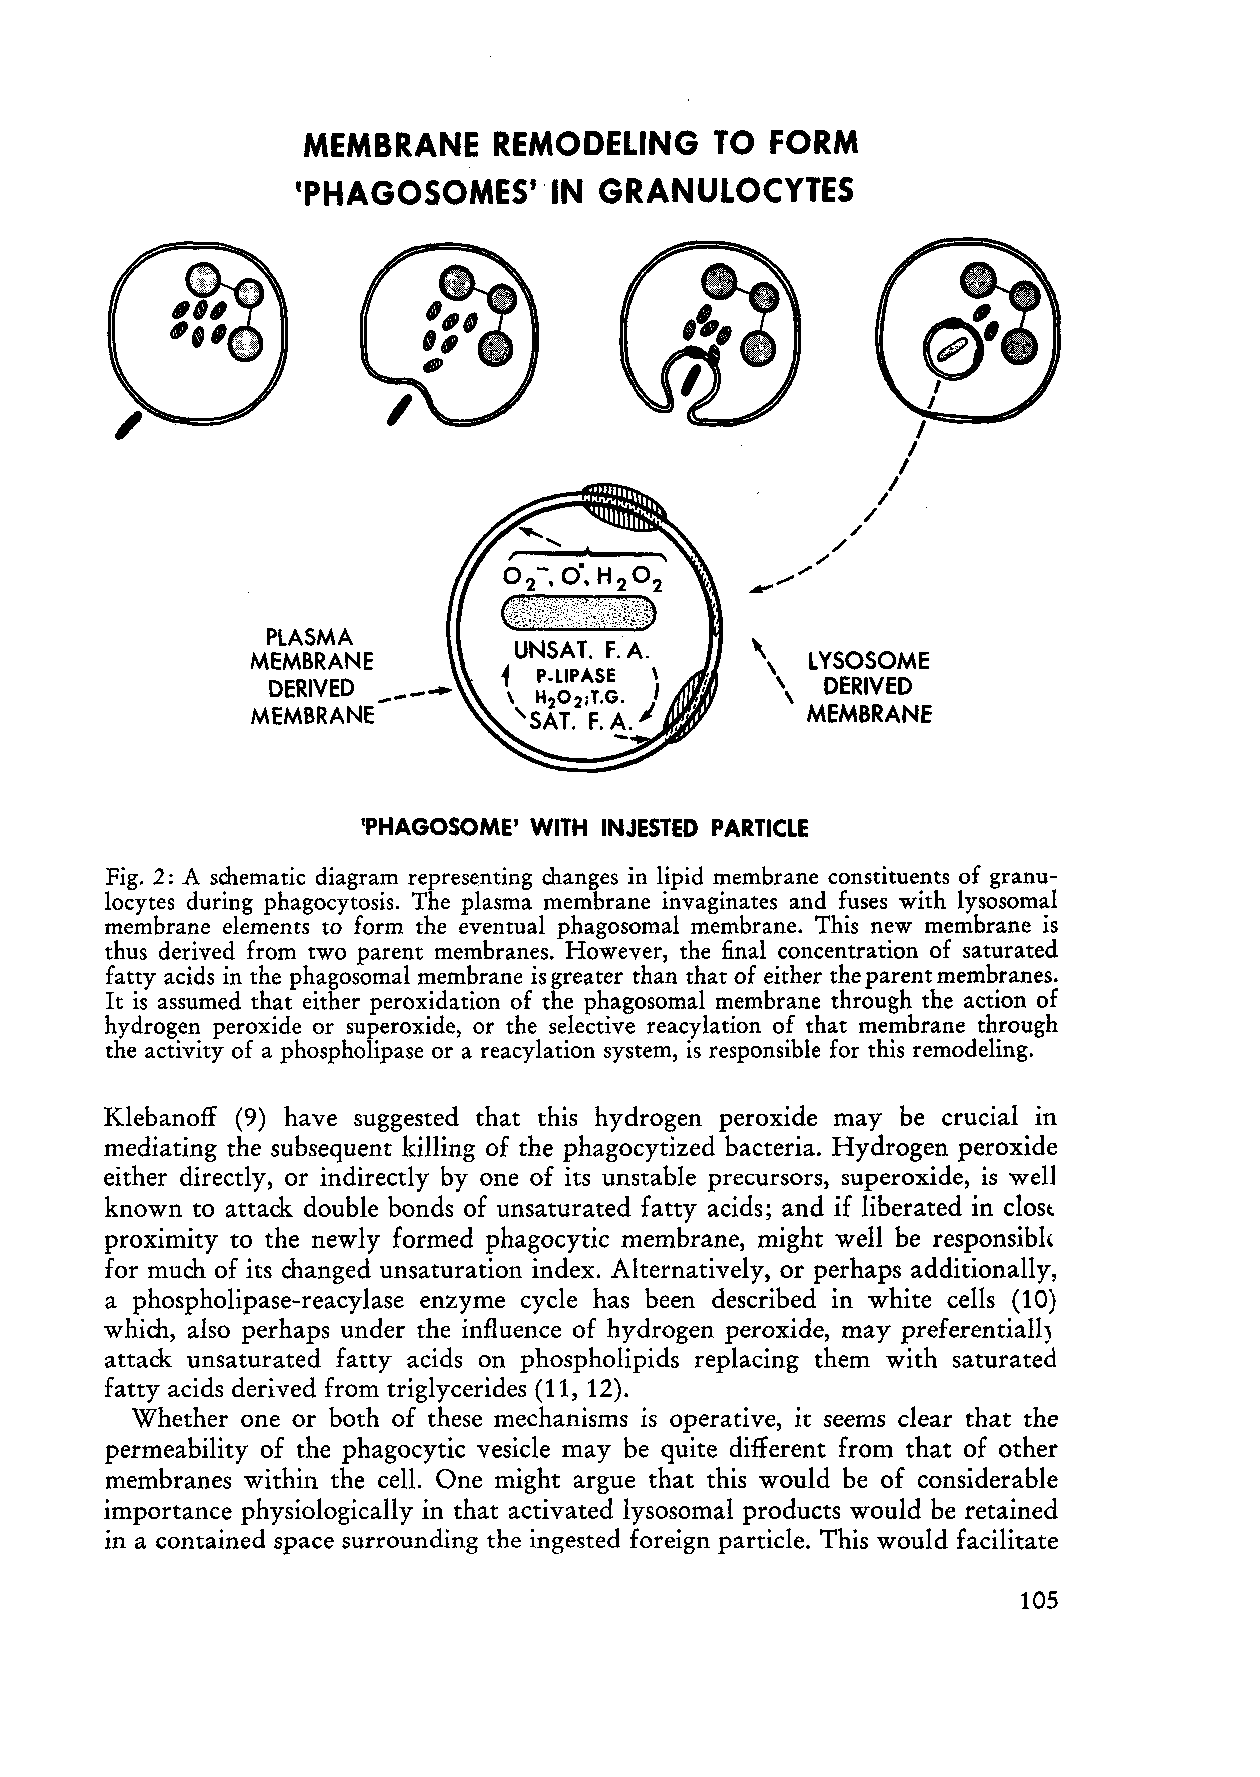
MEMBRANE     REMODELING    TO  FORM
 'PHAGOSOMES'    ·IN GRANULOCYTES
 b
 2 -, 0·, H 2 O '
 2
 Q0tf?:;N.G'~I:::ti%·;'~;~t:~
 PLASMA
 UNSAT. F.A.
 MEMBRANE                         '\  LYSOSOME
 i
 P.LlPASE \
 DERIVED _--                      \   DERIVED
 MEMBRANE-
 \ H202IT.G. ;'
 MEMBRANE
 'SAT. F. A.
 'PHAGOSOME' WITH INJESTED PARTICLE
 Fig. 2: A schematic diagram representing changes in lipid membrane constituents of granu
 locytes during phagocytosis. The plasma membrane invaginates and fuses with lysosomal
 membrane elements form the eventual phagosomal membrane. This new membrane is
 to
 thus derived from two parent membranes. However, the final concentration of saturated
 fatty acids in the phagosomal membrane is greater than that of either the parent membranes.
 It is assumed that either peroxidation of the phagosomal membrane through the action of
 hydrogen peroxide or superoxide, or the selective reacylation of that membrane through
 the activity of a phospholipase or a reacylation system, is responsible for this remodeling.
 Klebanoff (9) have suggested that this hydrogen peroxide may be crucial in
 mediating the subsequent killing of the phagocytized bacteria. Hydrogen peroxide
 either directly, or indirectly by one of its unstable precursors, superoxide, is weIl
 known to attack double bonds of unsaturated fatty acids; and if liberated in elost.
 proximity to the newly formed phagocytic membrane, might weIl be responsibh
 for much of its changed unsaturation index. Alternatively, or perhaps additionally,
 a phospholipase-reacylase enzyme cyde has been described in white cells (10)
 which, also perhaps under the influence of hydrogen peroxide, may preferentiall)
 attack unsaturated fatty acids on phospholipids replacing them with saturated
 fatty acids derived from tri glycerides (11, 12).
 Whether one or both of these mechanisms is operative, it seems dear that the
 permeability of the phagocytic vesiele may be quite different from that of other
 membranes within the cell. One might argue that this would be of considerable
 importance physiologically in that activated lysosomal products would be retained
 in a contained space surrounding the ingested foreign partide. This would facilitate
 105